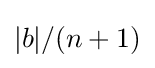
|b|/(n+1)